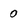
Character: 0